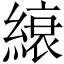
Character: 縗